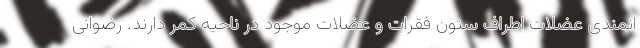
انمندی عضلات اطراف ستون فقرات و عضلات موجود در ناحیه کمر دارند. رضوانی